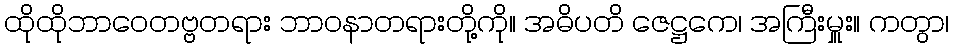
ထိုထိုဘာဝေတဗ္ဗတရား ဘာဝနာတရားတို့ကို။ အဓိပတိ ဇေဋ္ဌကေ၊ အကြီးမှူး။ ကတွာ၊